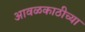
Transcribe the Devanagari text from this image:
आवळकाठीच्या